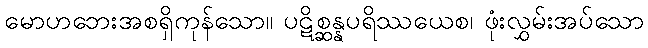
မောဟဘေးအစရှိကုန်သော။ ပဋိစ္ဆန္နပရိဿယေစ၊ ဖုံးလွှမ်းအပ်သော